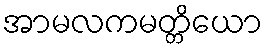
အာမလကမတ္တိယော